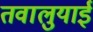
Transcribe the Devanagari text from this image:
तवालुयाई